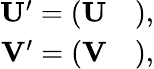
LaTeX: \begin{array}{r}{\mathrm{\mathbf U^{\prime}=\left(\begin{array}{ll}{\mathrm{\mathbf U}}&{}\end{array}\right),}}\\ {\mathrm{\mathbf V^{\prime}=\left(\begin{array}{ll}{\mathrm{\mathbf V}}&{}\end{array}\right),}}\end{array}